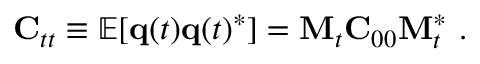
{ \bf C } _ { t t } \equiv \mathbb { E } [ { \bf q } ( t ) { \bf q } ( t ) ^ { * } ] = { \bf M } _ { t } { \bf C } _ { 0 0 } { \bf M } _ { t } ^ { * } \mathrm { ~ . ~ }